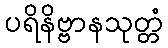
ပရိနိဗ္ဗာနသုတ္တံ